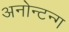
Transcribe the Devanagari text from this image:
अनोन्टन्ग